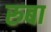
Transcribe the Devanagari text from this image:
रुबा